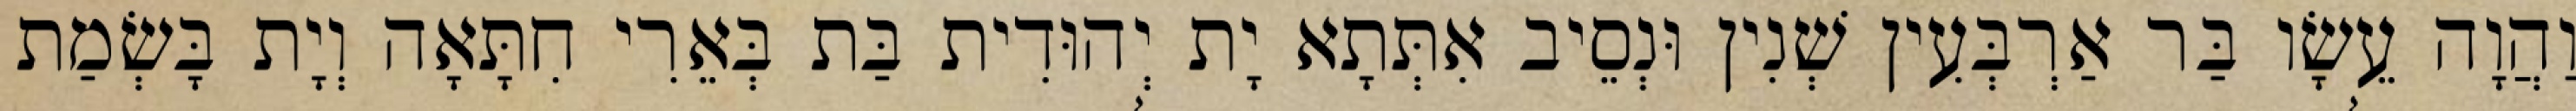
וַהֲוָה עֵשָׂו בַּר אַרְבְּעִין שְׁנִין וּנְסֵיב אִתְּתָא יָת יְהוּדִית בַּת בְּאֵרִי חִתָּאָה וְיָת בָּשְׂמַת